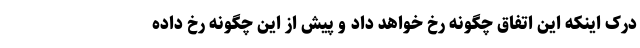
درک اینکه این اتفاق چگونه رخ خواهد داد و پیش از این چگونه رخ داده